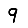
Digit: 9